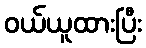
ဝယ်ယူထားပြီး